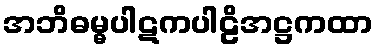
အဘိဓမ္ဓပါဋကပါဠိအဋ္ဌကထာ